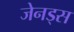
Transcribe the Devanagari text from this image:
जेनड्स